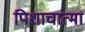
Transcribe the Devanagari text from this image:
पिशाचात्मा